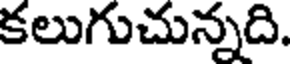
కలుగుచున్నది.